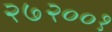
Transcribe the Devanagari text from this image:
२७२००१